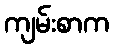
ကျမ်းစာက